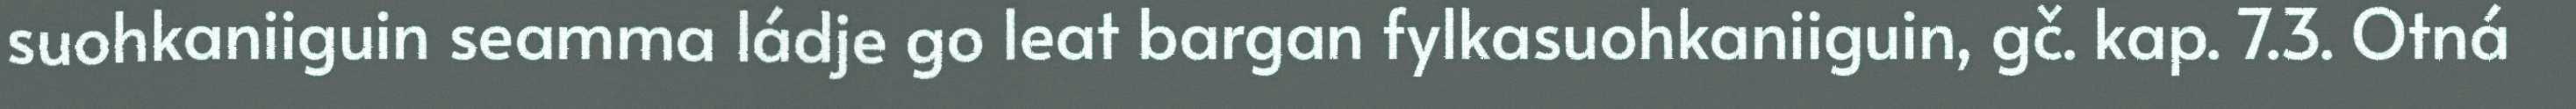
suohkaniiguin seamma ládje go leat bargan fylkasuohkaniiguin, gč. kap. 7.3. Otná